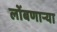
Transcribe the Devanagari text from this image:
लोंबणार्‍या